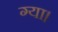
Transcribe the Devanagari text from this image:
ग्या।